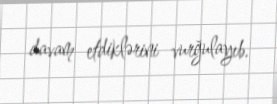
davam etdiklərini vurğulayıb.